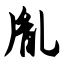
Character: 胤